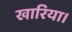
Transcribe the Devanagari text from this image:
खारिया।